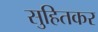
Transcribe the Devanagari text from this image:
सुहितकर